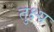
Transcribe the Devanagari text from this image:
तुक्ष्य